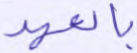
بالعهد